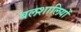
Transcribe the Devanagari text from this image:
बलशालियों